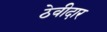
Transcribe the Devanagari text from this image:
ठेवीदार